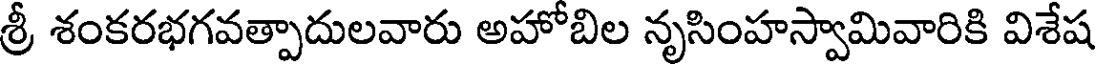
శ్రీ శంకరభగవత్పాదులవారు అహోబిల నృసింహస్వామివారికి విశేష